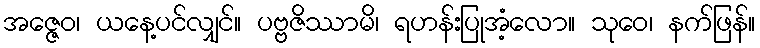
အဇ္ဇေဝ၊ ယနေ့ပင်လျှင်။ ပဗ္ဗဇိဿာမိ၊ ရဟန်းပြုအံ့လော။ သုဝေ၊ နက်ဖြန်။